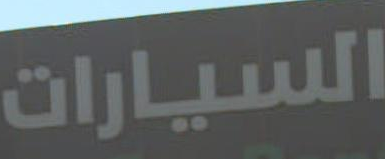
السيارات